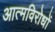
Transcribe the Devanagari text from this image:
आत्मविरोधों